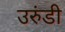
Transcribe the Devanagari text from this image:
उरुंडी